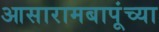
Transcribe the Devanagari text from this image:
आसारामबापूंच्या